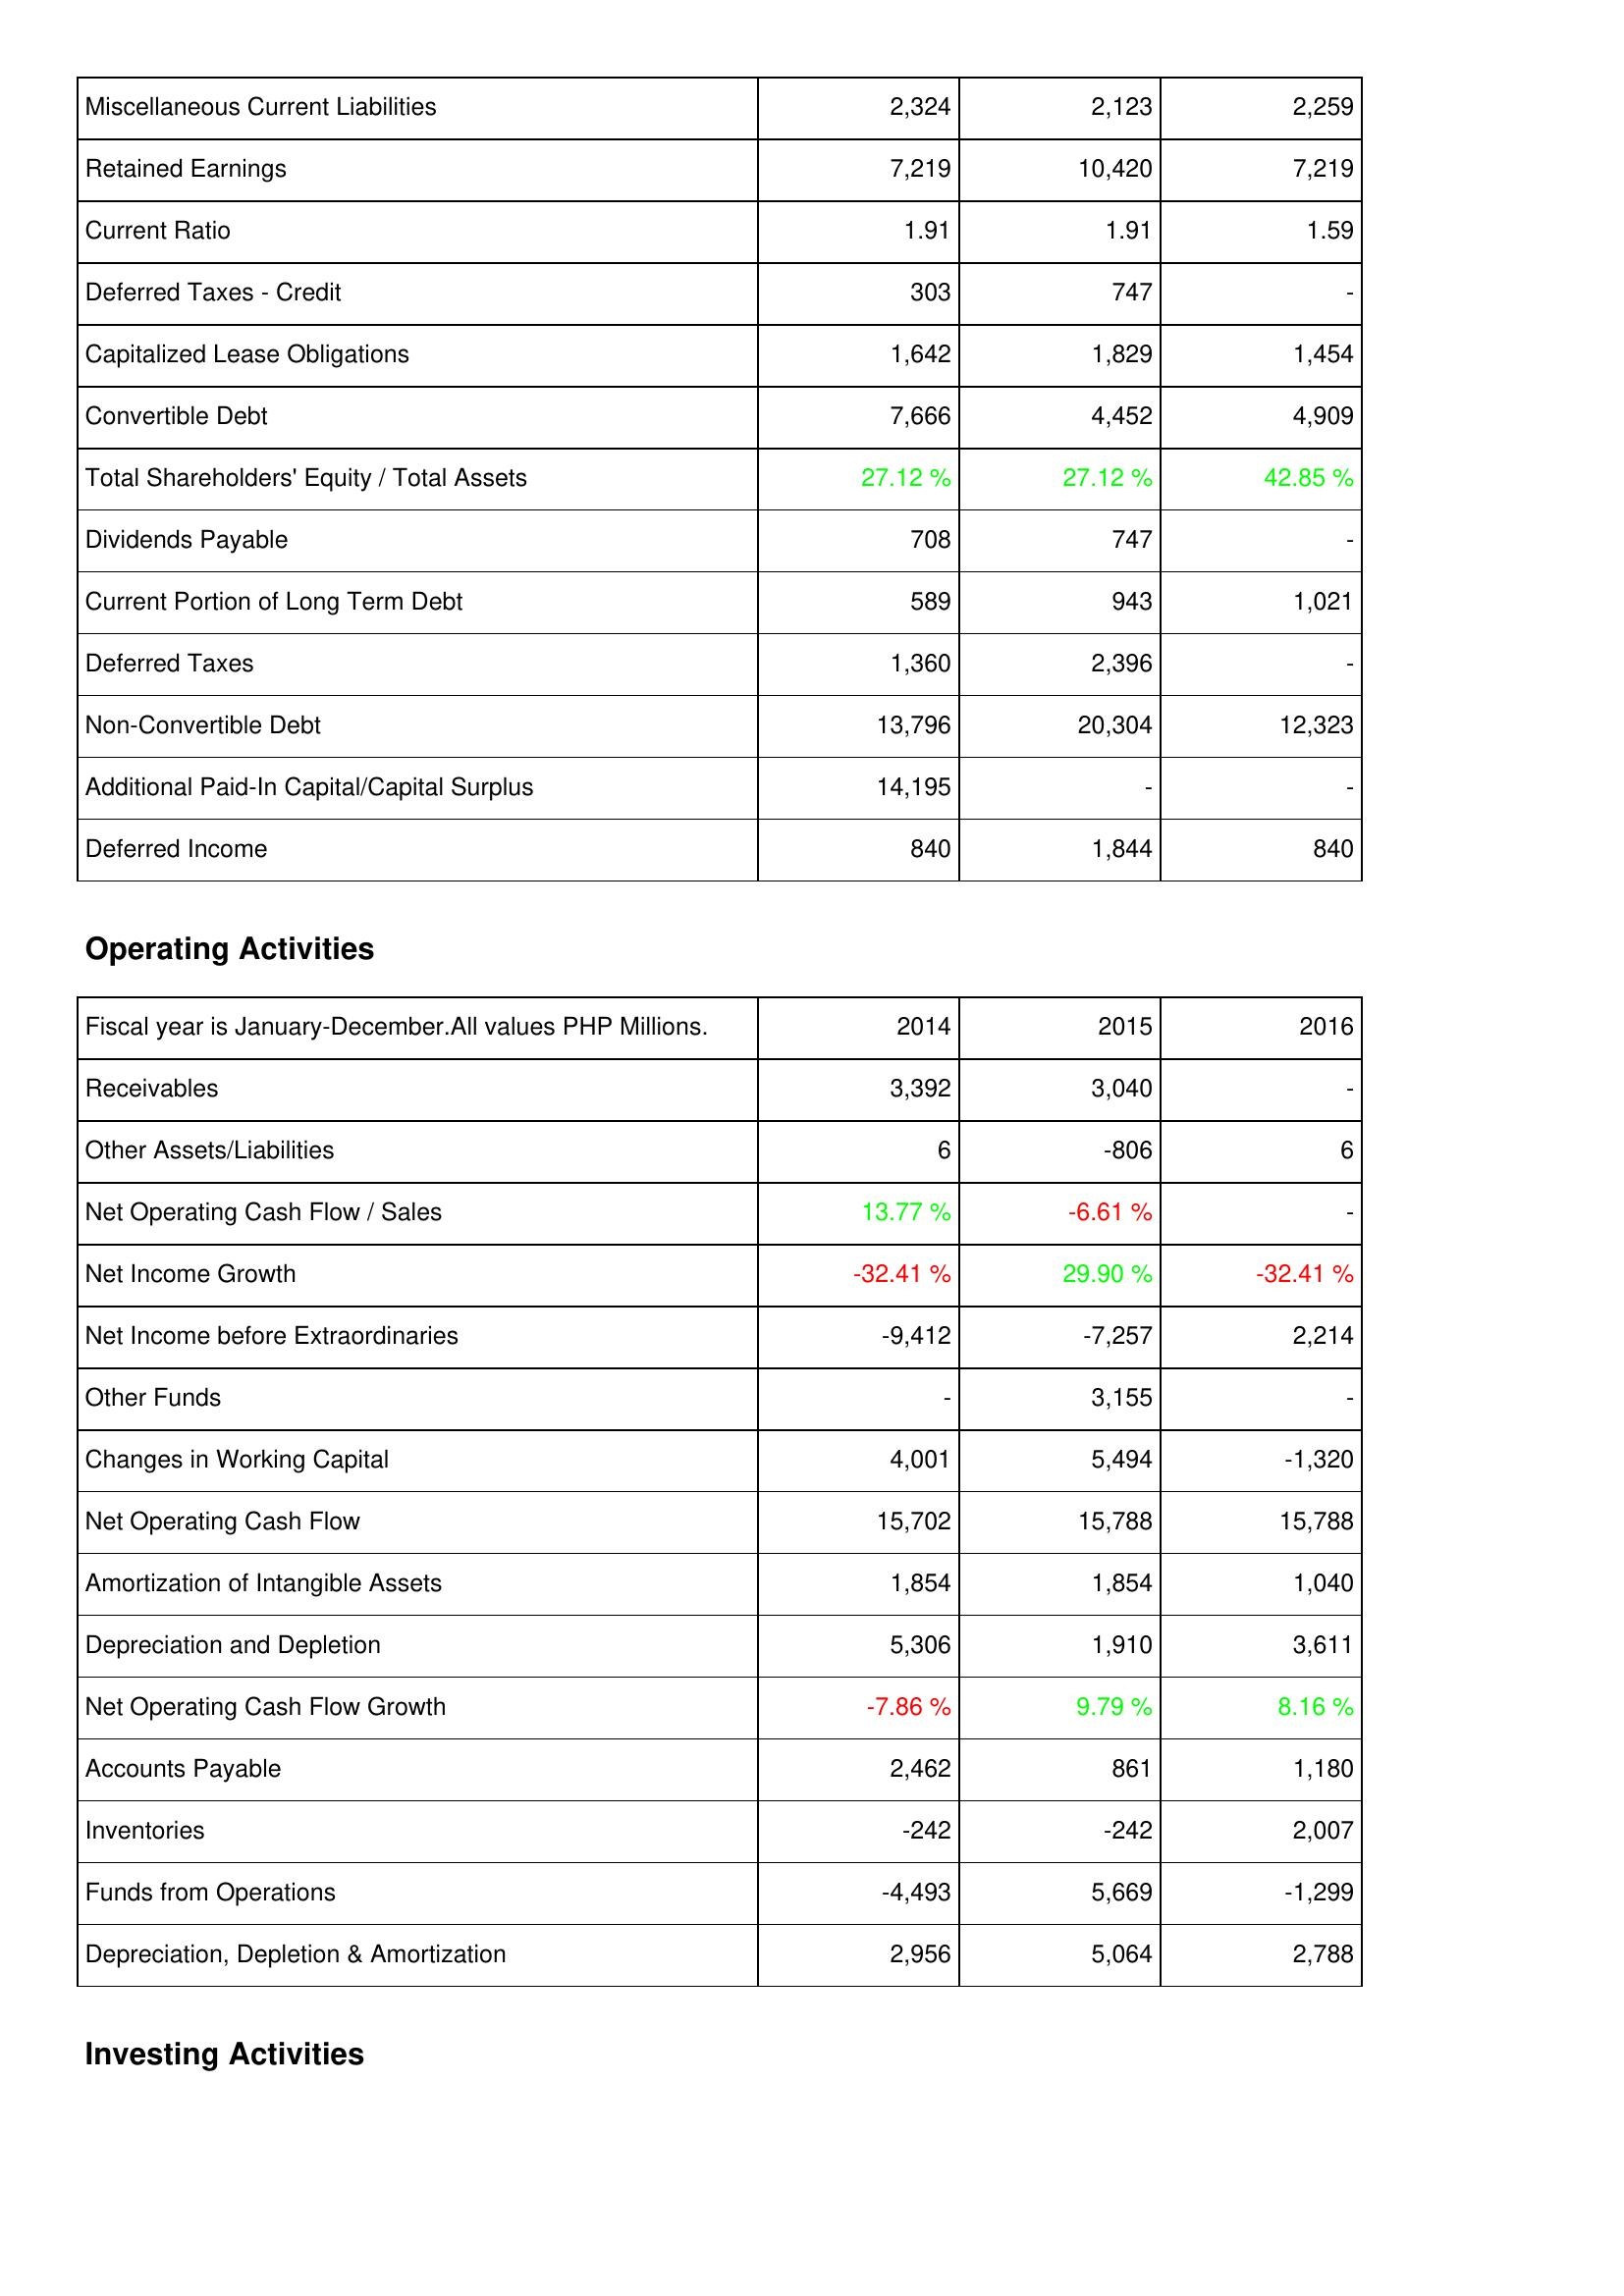
2014: Liabilities & Shareholders' Equity: Miscellaneous Current Liabilities: 2,324
Retained Earnings: 7,219
Current Ratio: 1.91
Deferred Taxes - Credit: 303
Capitalized Lease Obligations: 1,642
Convertible Debt: 7,666
Total Shareholders' Equity / Total Assets: 27.12 %
Dividends Payable: 708
Current Portion of Long Term Debt: 589
Deferred Taxes: 1,360
Non-Convertible Debt: 13,796
Additional Paid-In Capital/Capital Surplus: 14,195
Deferred Income: 840
Operating Activities: Receivables: 3,392
Other Assets/Liabilities: 6
Net Operating Cash Flow / Sales: 13.77 %
Net Income Growth: -32.41 %
Net Income before Extraordinaries: -9,412
Other Funds: -
Changes in Working Capital: 4,001
Net Operating Cash Flow: 15,702
Amortization of Intangible Assets: 1,854
Depreciation and Depletion: 5,306
Net Operating Cash Flow Growth: -7.86 %
Accounts Payable: 2,462
Inventories: -242
Funds from Operations: -4,493
Depreciation, Depletion & Amortization: 2,956
2015: Liabilities & Shareholders' Equity: Miscellaneous Current Liabilities: 2,123
Retained Earnings: 10,420
Current Ratio: 1.91
Deferred Taxes - Credit: 747
Capitalized Lease Obligations: 1,829
Convertible Debt: 4,452
Total Shareholders' Equity / Total Assets: 27.12 %
Dividends Payable: 747
Current Portion of Long Term Debt: 943
Deferred Taxes: 2,396
Non-Convertible Debt: 20,304
Additional Paid-In Capital/Capital Surplus: -
Deferred Income: 1,844
Operating Activities: Receivables: 3,040
Other Assets/Liabilities: -806
Net Operating Cash Flow / Sales: -6.61 %
Net Income Growth: 29.90 %
Net Income before Extraordinaries: -7,257
Other Funds: 3,155
Changes in Working Capital: 5,494
Net Operating Cash Flow: 15,788
Amortization of Intangible Assets: 1,854
Depreciation and Depletion: 1,910
Net Operating Cash Flow Growth: 9.79 %
Accounts Payable: 861
Inventories: -242
Funds from Operations: 5,669
Depreciation, Depletion & Amortization: 5,064
2016: Liabilities & Shareholders' Equity: Miscellaneous Current Liabilities: 2,259
Retained Earnings: 7,219
Current Ratio: 1.59
Deferred Taxes - Credit: -
Capitalized Lease Obligations: 1,454
Convertible Debt: 4,909
Total Shareholders' Equity / Total Assets: 42.85 %
Dividends Payable: -
Current Portion of Long Term Debt: 1,021
Deferred Taxes: -
Non-Convertible Debt: 12,323
Additional Paid-In Capital/Capital Surplus: -
Deferred Income: 840
Operating Activities: Receivables: -
Other Assets/Liabilities: 6
Net Operating Cash Flow / Sales: -
Net Income Growth: -32.41 %
Net Income before Extraordinaries: 2,214
Other Funds: -
Changes in Working Capital: -1,320
Net Operating Cash Flow: 15,788
Amortization of Intangible Assets: 1,040
Depreciation and Depletion: 3,611
Net Operating Cash Flow Growth: 8.16 %
Accounts Payable: 1,180
Inventories: 2,007
Funds from Operations: -1,299
Depreciation, Depletion & Amortization: 2,788